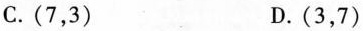
C.(7，3) D.(3，7)